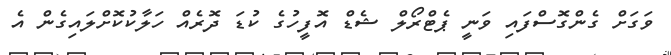
ވަގަށް ގެންގޮސްފައި ވަނީ ޕެޓްރޯލް ޝެޑް އޮފީހުގެ ކުޑަ ދޮރެއް ހަލާކުކޮށްލައިގެން އެ